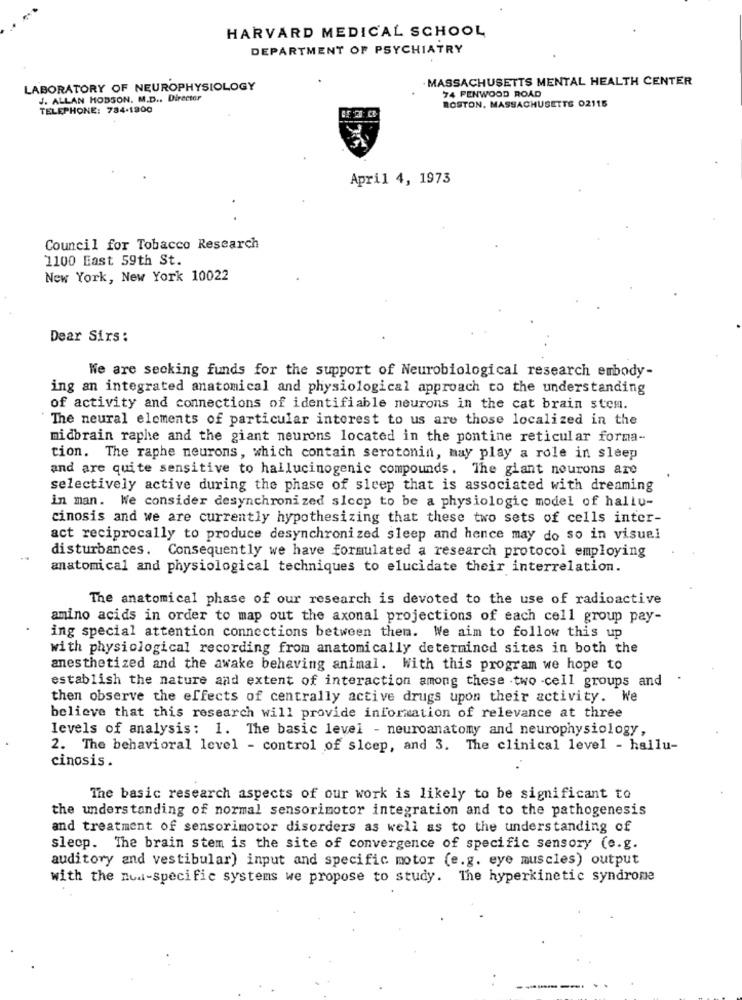
HARVARD MEDICAL SCHOOL
DEPARTMENT OF PSYCHIATRY
MASSACHUSETTS MENTAL HEALTH CENTER
LABORATORY OF NEUROPHYSIOLOGY
J. ALLAN HODSON. M.D ., Director
74 PENWOOD ROAD
TELEPHONE: 784-1800
BOSTON, MASSACHUSETTS 02115
April 4, 1973
Council for Tobacco Research
1100 East 59th St.
New York, New York 10022
Dear Sirs:
We are seeking funds for the support of Neurobiological research embody-
ing an integrated anatomical and physiological approach to the understanding
of activity and connections of identifiable neurons in the cat brain stem.
The neural elements of particular interest to us are those localized in the
midbrain raphe and the giant neurons located in the pontine reticular forma-
tion. The raphe neurons, which contain serotonin, may play a role in sleep
and are quite sensitive to hallucinogenic compounds. The giant neurons are
selectively active during the phase of sleep that is associated with dreaming
in man. We consider desynchronized siccp to be a physiologic model of hallu-
cinosis and we are currently hypothesizing that these two sets of cells inter-
act reciprocally to produce desynchronized sleep and hence may do so in visuel
disturbances. Consequently we have formulated a research protocol employing
anatomical and physiological techniques to elucidate their interrelation.
The anatomical phase of our research is devoted to the use of radioactive
amino acids in order to map out the axonal projections of each cell group pay-
ing special attention connections between them. We aim to follow this up
with physiological recording from anatomically determined sites in both the
anesthetized and the awake behaving animal. With this program we hope to
establish the nature and extent of interaction among these two -cell groups and
then observe the effects of centrally active drugs upon their activity. We
believe that this research will provide information of relevance at three
levels of analysis: 1. The basic level - neuroanatomy and neurophysiology,
2. The behavioral level - control of sleep, and 3. The clinical level - hallu-
cinosis .
The basic research aspects of our work is likely to be significant to
the understanding of normal sensorimotor integration and to the pathogenesis
and treatment of sensorimotor disorders as well as to the understanding of
sleep. The brain stem is the site of convergence of specific sensory (e.g.
auditory and vestibular) input and specific motor (e.g. eye muscles) output
with the nud-specific systems we propose to study. The hyperkinetic syndrome
------